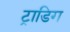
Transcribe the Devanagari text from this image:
ट्राडिग